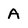
Character: A